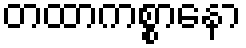
တထာကစ္စာနော